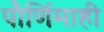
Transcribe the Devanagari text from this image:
पौर्णिमाही